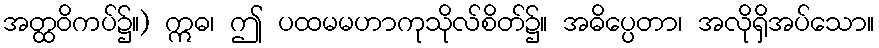
အတ္ထဝိကပ်၌။) ဣဓ၊ ဤ ပထမမဟာကုသိုလ်စိတ်၌။ အဓိပ္ပေတာ၊ အလိုရှိအပ်သော။